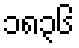
၁၈၃၆